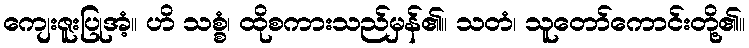
ကျေးဇူးပြုအံ့။ ဟိ သစ္စံ၊ ထိုစကားသည်မှန်၏။ သတံ၊ သူတော်ကောင်းတို့၏။